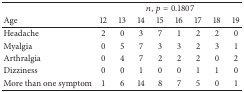
|  | <COLSPAN=8> n, p = 0.1807 |
 | Age | 12 | 13 | 14 | 15 | 16 | 17 | 18 | 19 |
 | --- | --- | --- | --- | --- | --- | --- | --- | --- |
 | Headache | 2 | 0 | 3 | 7 | 1 | 2 | 2 | 0 |
 | Myalgia | 0 | 5 | 7 | 3 | 3 | 2 | 3 | 1 |
 | Arthralgia | 0 | 4 | 7 | 2 | 2 | 2 | 0 | 2 |
 | Dizziness | 0 | 0 | 1 | 0 | 0 | 1 | 1 | 0 |
 | More than one symptom | 1 | 6 | 14 | 8 | 7 | 5 | 0 | 1 |